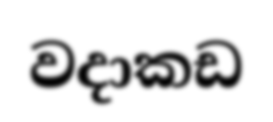
වදාකඩ